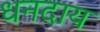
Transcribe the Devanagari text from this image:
धनदाय